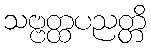
သဗ္ဗတ္ထပညတ္တိ